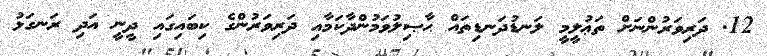
12. ދަރިވަރުންނަށް ތަޢުލީމީ ލަނޑުދަނޑިތައް ޙާޞިލުވަމުންދާކަމާއި ދަރިވަރުންގެ ކިބައިގައި ދީނީ އަދި ރަނގަޅު